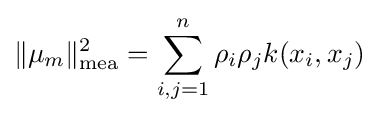
\|\mu _{m}\|_{\mathrm {mea} }^{2}=\sum _{i,j=1}^{n}\rho _{i}\rho _{j}k(x_{i},x_{j})